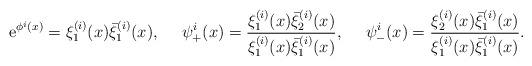
LaTeX: \begin{align*}{\rm e}^{\phi^i (x)} = \xi_1^{(i)}(x) \bar{\xi}_1^{(i)}(x),{}~~~~\psi_+^i(x) = \frac{\xi_1^{(i)}(x) \bar{\xi}_2^{(i)}(x)}{\xi_1^{(i)}(x)\bar{\xi}_1^{(i)}(x)},{}~~~~\psi_-^i(x) = \frac{\xi_2^{(i)}(x) \bar{\xi}_1^{(i)}(x)}{\xi_1^{(i)}(x)\bar{\xi}_1^{(i)}(x)}.\end{align*}